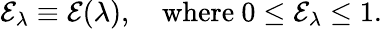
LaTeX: \mathcal{E}_{\lambda}\equiv\mathcal{E}(\lambda),\quad\textrm{where~}0\le\mathcal{E}_{\lambda}\le 1.